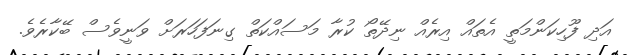
އަދި ފޫހިކަންމަތީ އެތައް އިރެއް ނިދޭތޯ ކުރާ މަސައްކަތް ގިނަފަހަރަށް ވަނީވެސް ބޭކާރެވެ.